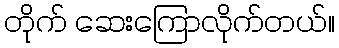
တိုက် ဆေးကြောလိုက်တယ်။